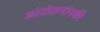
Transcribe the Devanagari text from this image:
आंदोलनांपकी